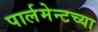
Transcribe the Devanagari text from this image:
पार्लमेन्टच्या